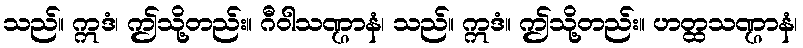
သည်။ ဣဒံ၊ ဤသို့တည်း။ ဂီဝါသဏ္ဌာနံ၊ သည်။ ဣဒံ။ ဤသို့တည်း။ ဟတ္ထသဏ္ဌာနံ၊